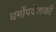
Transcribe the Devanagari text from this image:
धर्मोपदेशकों